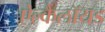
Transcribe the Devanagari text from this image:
ऐल्कैलॉयड